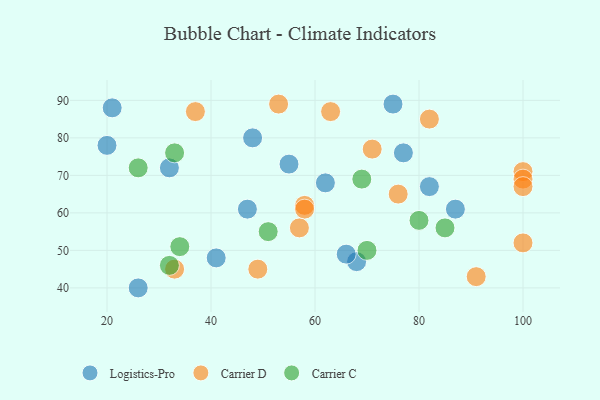
{"axis": {"x": "GDP", "y": "Life Expectancy"}, "legend": ["Carrier C", "Carrier D", "Logistics-Pro"], "data": [{"x": "87", "y": 61, "type": "Logistics-Pro"}, {"x": "41", "y": 48, "type": "Logistics-Pro"}, {"x": "32", "y": 72, "type": "Logistics-Pro"}, {"x": "62", "y": 68, "type": "Logistics-Pro"}, {"x": "55", "y": 73, "type": "Logistics-Pro"}, {"x": "77", "y": 76, "type": "Logistics-Pro"}, {"x": "47", "y": 61, "type": "Logistics-Pro"}, {"x": "75", "y": 89, "type": "Logistics-Pro"}, {"x": "21", "y": 88, "type": "Logistics-Pro"}, {"x": "82", "y": 67, "type": "Logistics-Pro"}, {"x": "68", "y": 47, "type": "Logistics-Pro"}, {"x": "48", "y": 80, "type": "Logistics-Pro"}, {"x": "26", "y": 40, "type": "Logistics-Pro"}, {"x": "20", "y": 78, "type": "Logistics-Pro"}, {"x": "66", "y": 49, "type": "Logistics-Pro"}, {"x": "100", "y": 71, "type": "Carrier D"}, {"x": "58", "y": 62, "type": "Carrier D"}, {"x": "100", "y": 69, "type": "Carrier D"}, {"x": "58", "y": 61, "type": "Carrier D"}, {"x": "100", "y": 67, "type": "Carrier D"}, {"x": "33", "y": 45, "type": "Carrier D"}, {"x": "63", "y": 87, "type": "Carrier D"}, {"x": "71", "y": 77, "type": "Carrier D"}, {"x": "49", "y": 45, "type": "Carrier D"}, {"x": "91", "y": 43, "type": "Carrier D"}, {"x": "57", "y": 56, "type": "Carrier D"}, {"x": "76", "y": 65, "type": "Carrier D"}, {"x": "37", "y": 87, "type": "Carrier D"}, {"x": "82", "y": 85, "type": "Carrier D"}, {"x": "100", "y": 52, "type": "Carrier D"}, {"x": "53", "y": 89, "type": "Carrier D"}, {"x": "80", "y": 58, "type": "Carrier C"}, {"x": "34", "y": 51, "type": "Carrier C"}, {"x": "85", "y": 56, "type": "Carrier C"}, {"x": "26", "y": 72, "type": "Carrier C"}, {"x": "51", "y": 55, "type": "Carrier C"}, {"x": "69", "y": 69, "type": "Carrier C"}, {"x": "32", "y": 46, "type": "Carrier C"}, {"x": "70", "y": 50, "type": "Carrier C"}, {"x": "33", "y": 76, "type": "Carrier C"}]}